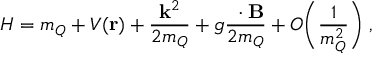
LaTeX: H = m _ { Q } + V ( { \bf { r } } ) + \frac { { \bf { k } } ^ { 2 } } { 2 m _ { Q } } + g \frac { { \bf { \sigma } } \cdot { \bf { B } } } { 2 m _ { Q } } + O \biggl ( \frac { 1 } { m _ { Q } ^ { 2 } } \biggr ) \; ,